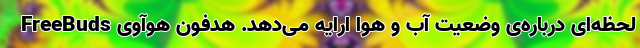
لحظه‌ای درباره‌ی وضعیت آب و هوا ارایه می‌دهد. هدفون هوآوی FreeBuds